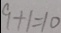
9 + 1 = 1 0